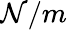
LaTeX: \mathcal{N}/m